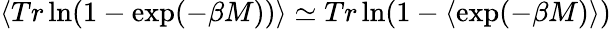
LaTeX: \langle Tr\ln(1-\exp(-\beta M))\rangle\simeq Tr\ln(1-\langle\exp(-\beta M)\rangle)